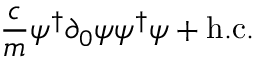
{ \frac { c } { m } } \psi ^ { \dagger } { \partial _ { 0 } } \psi \psi ^ { \dagger } \psi + \mathrm { h . c . }